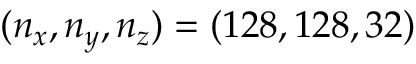
( n _ { x } , n _ { y } , n _ { z } ) = ( 1 2 8 , 1 2 8 , 3 2 )